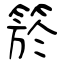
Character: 箊